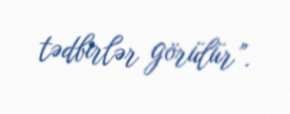
tədbirlər görülür”.